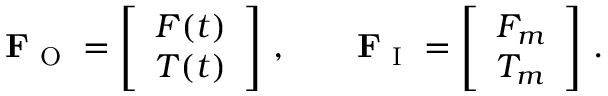
\mathbf { F } _ { \mathrm { ~ O ~ } } = \left[ \begin{array} { l } { F ( t ) } \\ { T ( t ) } \end{array} \right] \, , \qquad \mathbf { F } _ { \mathrm { ~ I ~ } } = \left[ \begin{array} { l } { F _ { m } } \\ { T _ { m } } \end{array} \right] \, .